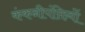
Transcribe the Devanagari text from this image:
कंकनीपंक्तियों